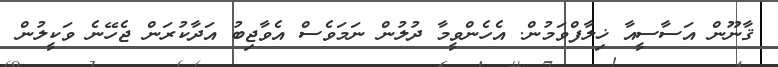
ޤާނޫން އަސާސީއާ ޚިލާފްވަމުން. އެހެންވީމާ ދުލުން ނަމަވެސް އެވާޖިބު އަދާކުރަން ޖެހޭނެ ވަކީލުން